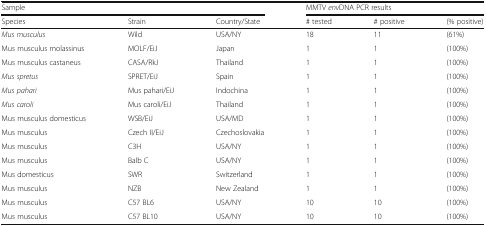
| <COLSPAN=3> Sample | <COLSPAN=3> MMTV envDNA PCR results |
 | Species | Strain | Country/State | # tested | # positive | (% positive) |
 | --- | --- | --- | --- | --- | --- |
 | Mus musculus | Wild | USA/NY | 18 | 11 | (61%) |
 | Mus musculus molassinus | MOLF/EiJ | Japan | 1 | 1 | (100%) |
 | Mus musculus castaneus | CASA/RkJ | Thailand | 1 | 1 | (100%) |
 | Mus spretus | SPRET/EiJ | Spain | 1 | 1 | (100%) |
 | Mus pahari | Mus pahari/EiJ | Indochina | 1 | 1 | (100%) |
 | Mus caroli | Mus caroli/EiJ | Thailand | 1 | 1 | (100%) |
 | Mus musculus domesticus | WSB/EiJ | USA/MD | 1 | 1 | (100%) |
 | Mus musculus | Czech II/EiJ | Czechoslovakia | 1 | 1 | (100%) |
 | Mus musculus | C3H | USA/NY | 1 | 1 | (100%) |
 | Mus musculus | Balb C | USA/NY | 1 | 1 | (100%) |
 | Mus domesticus | SWR | Switzerland | 1 | 1 | (100%) |
 | Mus musculus | NZB | New Zealand | 1 | 1 | (100%) |
 | Mus musculus | C57 BL6 | USA/NY | 10 | 10 | (100%) |
 | Mus musculus | C57 BL10 | USA/NY | 10 | 10 | (100%) |